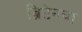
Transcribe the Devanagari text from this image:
ब्रिटेनचा